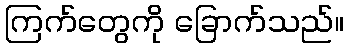
ကြက်တွေကို ခြောက်သည်။